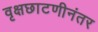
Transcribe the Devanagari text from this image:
वृक्षछाटणीनंतर